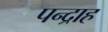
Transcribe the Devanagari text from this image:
पन्द्राह